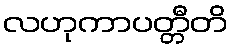
လဟုကာပတ္တီတိ